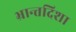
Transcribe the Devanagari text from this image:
भ्रान्तदिशा